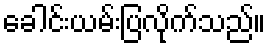
ခေါင်းယမ်းပြလိုက်သည်။